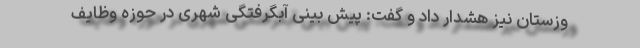
وزستان نیز هشدار داد و گفت: پیش بینی آبگرفتگی‌ شهری در حوزه وظایف